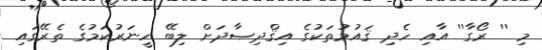
މި '' ރޯގާ'' އާއި ހެދި ޤައުމުތަކުގެ އިޤްދިޞާދަށް ލިބޭ ހީނަރުކަމުގެ ތެރޭގައި